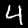
Label: 4